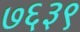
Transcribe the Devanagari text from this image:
७६३९